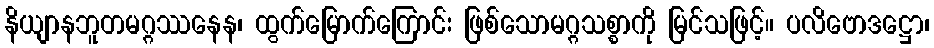
နိယျာနဘူတမဂ္ဂဿနေန၊ ထွက်မြောက်ကြောင်း ဖြစ်သောမဂ္ဂသစ္စာကို မြင်သဖြင့်။ ပလိဗောဒဋ္ဌော၊